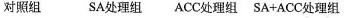
对照组SA处理组ACC处理组SA+ACC处理组